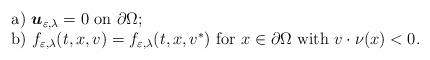
LaTeX: \begin{align*}\begin{array}{l}\mbox{a) }\boldsymbol{u}_{\varepsilon ,\lambda }=0\mbox{ on }\partial \Omega; \\ \mbox{b) }f_{\varepsilon ,\lambda }(t,x,v)=f_{\varepsilon ,\lambda}(t,x,v^{\ast })\mbox{ for }x\in \partial \Omega \mbox{ with }v\cdot \nu(x)<0.\end{array}\end{align*}